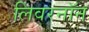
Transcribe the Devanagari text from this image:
लिवरनॉन